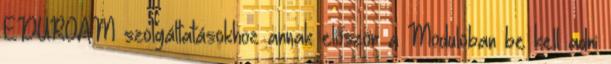
EDUROAM szolgáltatásokhoz annak először a Moduloban be kell adni